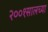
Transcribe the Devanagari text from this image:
२००१सालच्या